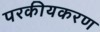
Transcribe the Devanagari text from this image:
परकीयकरण